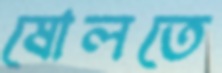
ষোলতে